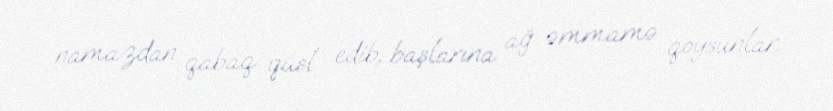
namazdan qabaq qüsl edib, başlarına ağ əmmamə qoysunlar.